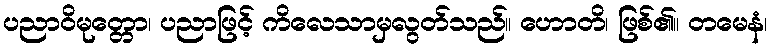
ပညာဝိမုတ္တော၊ ပညာဖြင့် ကိလေသာမှလွတ်သည်။ ဟောတိ၊ ဖြစ်၏။ တမေနံ၊